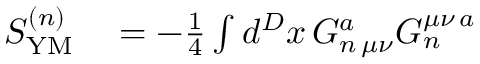
\begin{array} { r l } { S _ { \mathrm { Y M } } ^ { ( n ) } } & { { } = - \frac { 1 } { 4 } \int d ^ { D } x \, G _ { n \, \mu \nu } ^ { a } G _ { n } ^ { \mu \nu \, a } } \end{array}